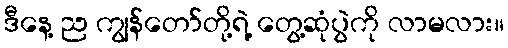
ဒီနေ့ ည ကျွန်တော်တို့ရဲ့ တွေ့ဆုံပွဲကို လာမလား။